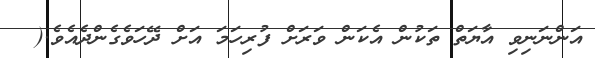
އަންނަނިވި އާޔަތް ތަކުން އެކަން ވަރަށް ފުރިހަމަ އަށް ދޭހަވެގެންދެއެވެ.(